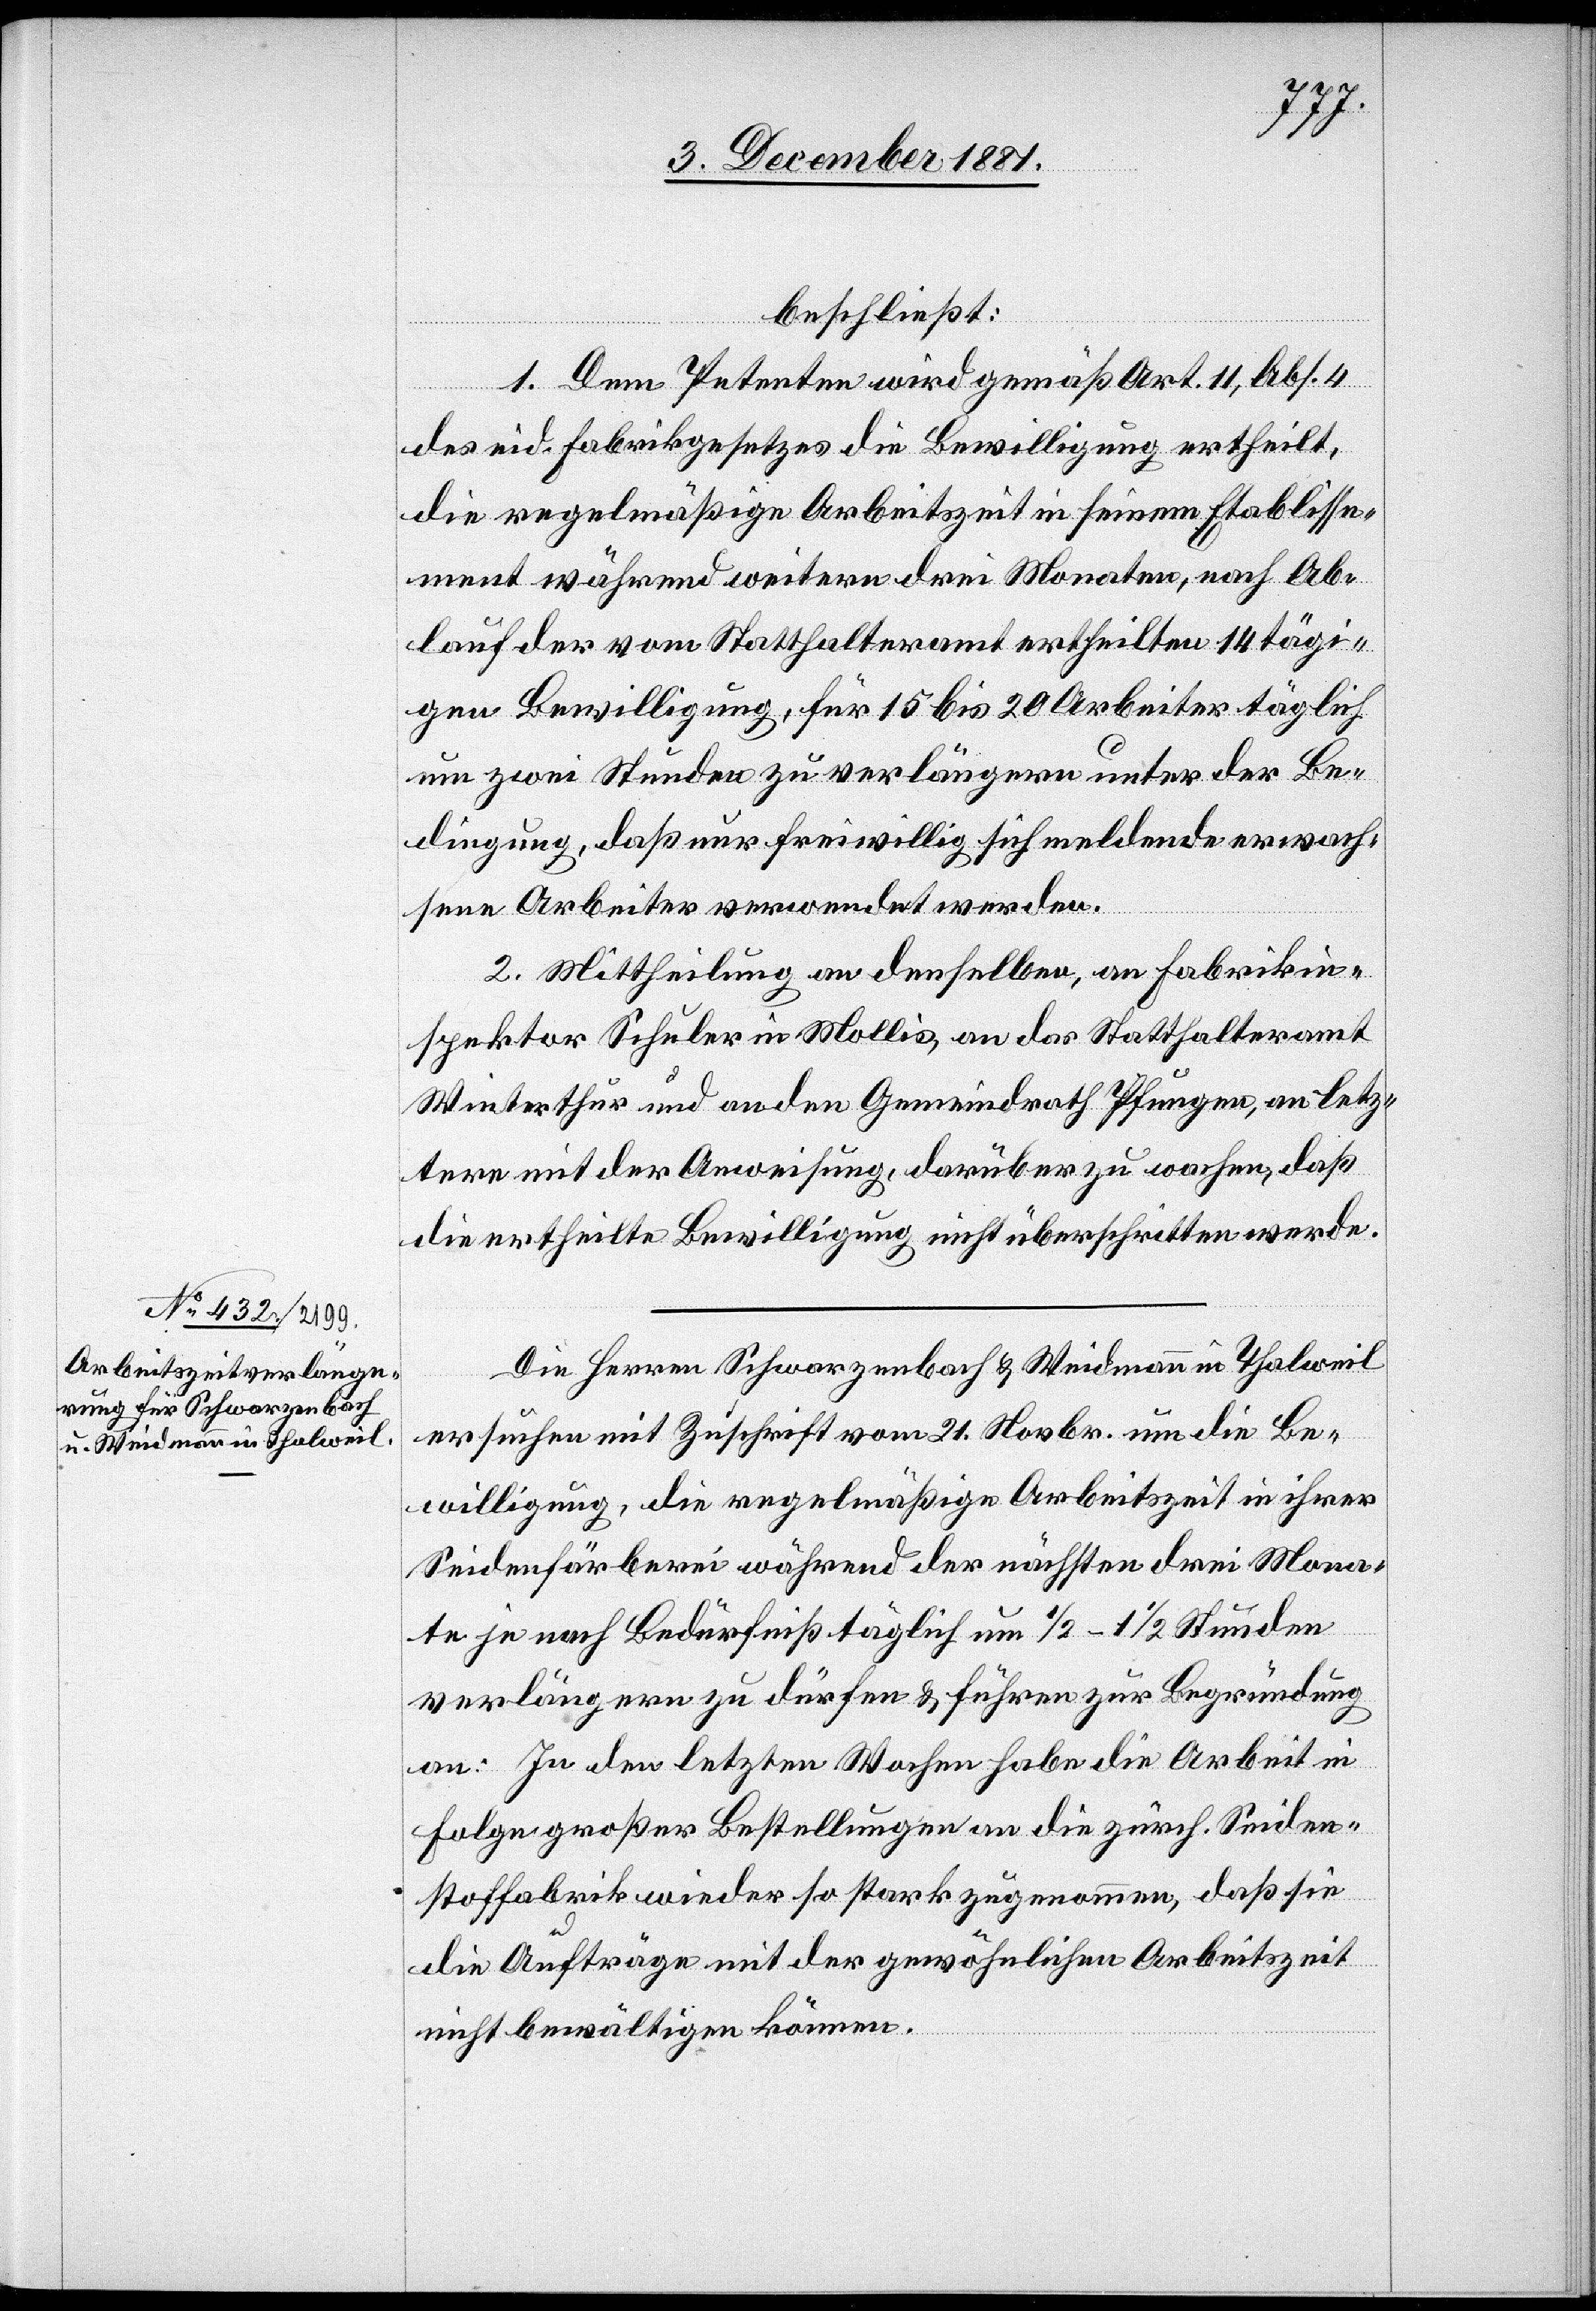
beschließt:
1. Dem Petenten wird gemäß Art. 11, Abs. 4
des eid. Fabrikgesetzes die Bewilligung ertheilt,
die regelmäßige Arbeitszeit in seinem Etablisse¬
ment während weitern drei Monaten, nach Ab¬
lauf der vom Statthalteramt ertheilten 14 tägi¬
gen Bewilligung, für 15 bis 20 Arbeiter täglich
um zwei Stunden zu verlängern unter der Be¬
dingung, daß nur freiwillig sich meldende erwach¬
sene Arbeiter verwendet werden.
2. Mittheilung an denselben, an Fabrikin¬
spektor Schuler in Mollis, an das Statthalteramt
Winterthur und an den Gemeindrath Pfungen, an letz¬
tere mit der Anweisung, darüber zu wachen, daß
die ertheilte Bewilligung nicht überschritten werde.
Die Herren Schwarzenbach & Weidmann in Thalweil
ersuchen mit Zuschrift vom 21. Novbr. um die Be¬
willigung, die regelmäßige Arbeitszeit in ihrer
Seidenfärberei während der nächsten drei Mona¬
te je nach Bedürfniß täglich um 1/2–1 1/2 Stunden
verlängern zu dürfen & führen zur Begründung
an: In den letzten Wochen habe die Arbeit in
Folge großer Bestellungen an die zürch. Seiden¬
stoffabrik wieder so stark zugenommen, daß sie
die Aufträge mit der gewöhnlichen Arbeitszeit
nicht bewältigen können.